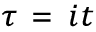
\scriptstyle \tau \ = \ i t